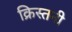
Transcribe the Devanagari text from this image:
क्रिस्तनी